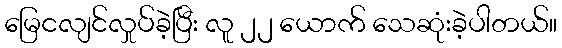
မြေငလျင်လှုပ်ခဲ့ပြီး လူ ၂၂ ယောက် သေဆုံးခဲ့ပါတယ်။